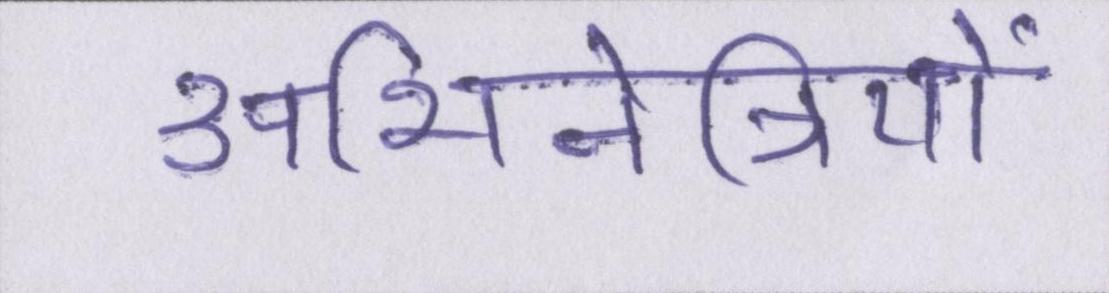
अभिनेत्रियों